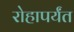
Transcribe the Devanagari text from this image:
रोहापर्यंत